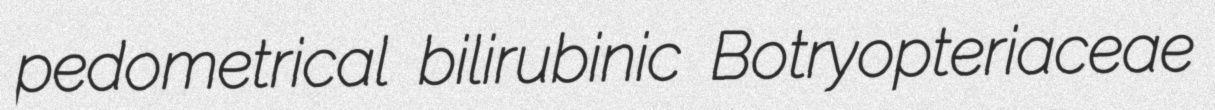
pedometrical bilirubinic Botryopteriaceae